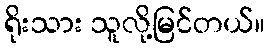
ရိုးသား သူလို့မြင်တယ်။